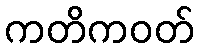
ကတိကဝတ်